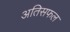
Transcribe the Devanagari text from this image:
अतिसफल